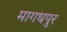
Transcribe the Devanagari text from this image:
मागधपुर